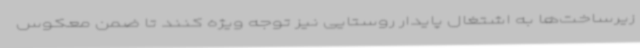
زیرساخت‌ها به اشتغال پایدار روستایی نیز توجه ویژه کنند تا ضمن معکوس